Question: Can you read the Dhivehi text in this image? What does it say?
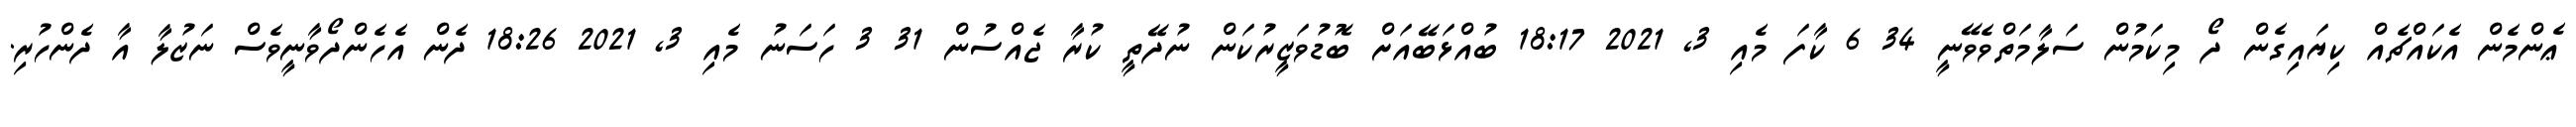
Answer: ޢެންމެން އެކައްޗެއް ކިޔައިގެން ދޯ މިކަމުން ސަލާމަތްވެވޭނީ 34 6 ކާފަ މެއި 3, 2021 18:17 ބުއްޅަބޭއަށް ބޮޑުވަޒީރުކަން ނުދޭތީ ކުރާ ޖެއްސުން 31 3 ހަސަނު މެއި 3, 2021 18:26 ދެން އެހެންދޯވާނީވެސް ނަޒުލާ އާ ދެންހުރި.